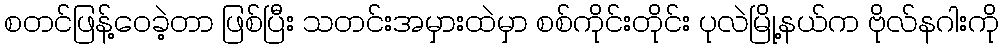
စတင်ဖြန့်ဝေခဲ့တာ ဖြစ်ပြီး သတင်းအမှားထဲမှာ စစ်ကိုင်းတိုင်း ပုလဲမြို့နယ်က ဗိုလ်နဂါးကို